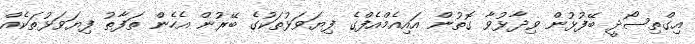
އިގްތިސޯދީ ބޭފުޅުން ވިދާޅުވާ ގޮތުން އައިއެމްއެފްގެ ފިޔަވަޅުތަކުގެ ބޭރުން އެހެން ތަފާތު ފިޔަވަޅުތަކެއް